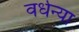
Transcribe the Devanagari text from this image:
वर्धन्या